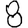
Digit: 8